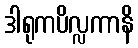
ဒါရုကပိလ္လကာနိ